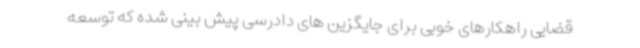
قضایی راهکارهای خوبی برای جایگزین های دادرسی پیش بینی شده که توسعه